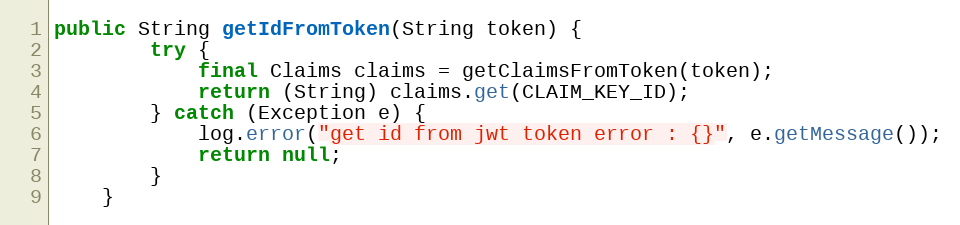
Language: Java
public String getIdFromToken(String token) {
        try {
            final Claims claims = getClaimsFromToken(token);
            return (String) claims.get(CLAIM_KEY_ID);
        } catch (Exception e) {
            log.error("get id from jwt token error : {}", e.getMessage());
            return null;
        }
    }